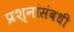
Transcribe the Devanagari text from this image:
प्रश्नांसंबधी